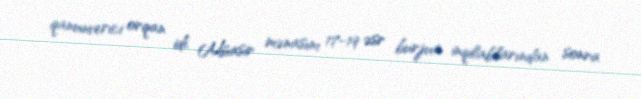
qanunverici orqan idi. Müasir mənasını 17-19 əsr burjua inqilablarından sonra